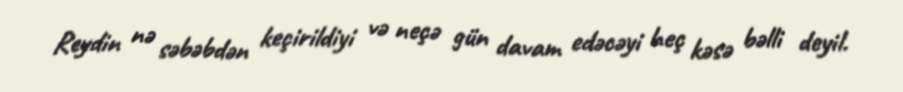
Reydin nə səbəbdən keçirildiyi və neçə gün davam edəcəyi heç kəsə bəlli deyil.